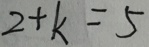
2 + k = 5